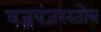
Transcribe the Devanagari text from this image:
वज्रपंजरस्तोत्र